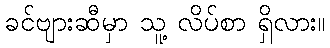
ခင်ဗျားဆီမှာ သူ့ လိပ်စာ ရှိလား။